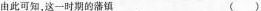
由此可知，这一时期的藩镇( )